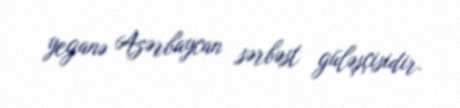
yeganə Azərbaycan sərbəst güləşçisidir.